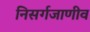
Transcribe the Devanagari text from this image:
निसर्गजाणीव